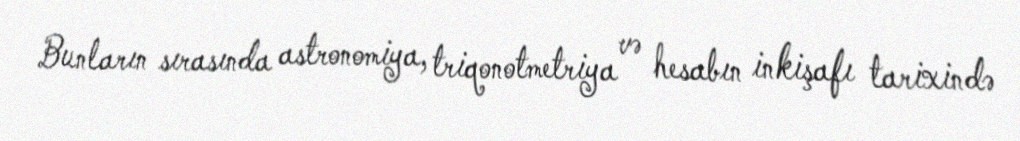
Bunların sırasında astronomiya, triqonotmetriya və hesabın inkişafı tarixində